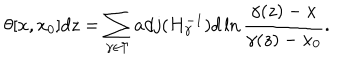
LaTeX: \theta [ x , x _ { 0 } ] d z = \sum _ { \gamma \in \Gamma } a d j ( H _ { \gamma } ^ { - 1 } ) d \ln \frac { \gamma ( z ) - x } { \gamma ( z ) - x _ { 0 } } .